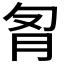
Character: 𰮌